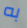
به